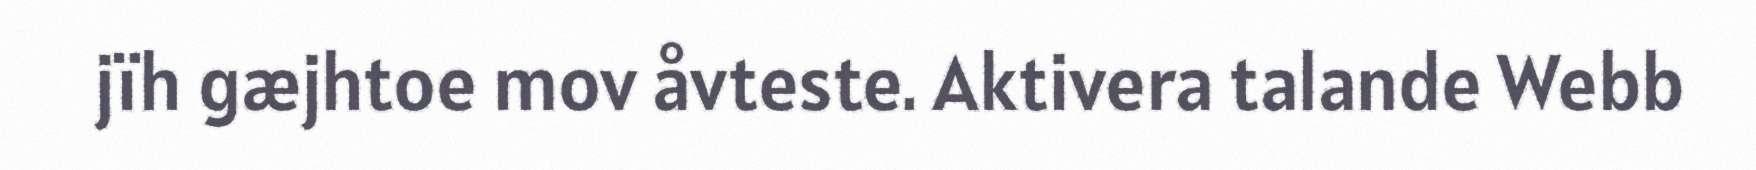
jïh gæjhtoe mov åvteste. Aktivera talande Webb